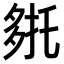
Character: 𭐹